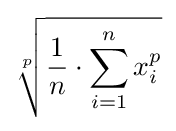
{\sqrt[{p}]{{\frac {1}{n}}\cdot \sum _{i=1}^{n}x_{i}^{p}}}